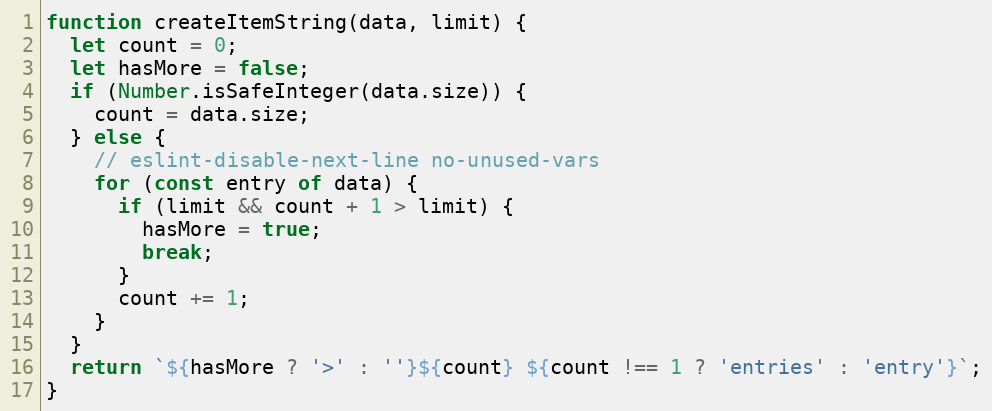
Language: JavaScript
function createItemString(data, limit) {
  let count = 0;
  let hasMore = false;
  if (Number.isSafeInteger(data.size)) {
    count = data.size;
  } else {
    // eslint-disable-next-line no-unused-vars
    for (const entry of data) {
      if (limit && count + 1 > limit) {
        hasMore = true;
        break;
      }
      count += 1;
    }
  }
  return `${hasMore ? '>' : ''}${count} ${count !== 1 ? 'entries' : 'entry'}`;
}